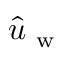
\hat { u } _ { \mathrm { ~ w ~ } }